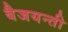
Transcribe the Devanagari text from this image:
बैजयन्‍ती